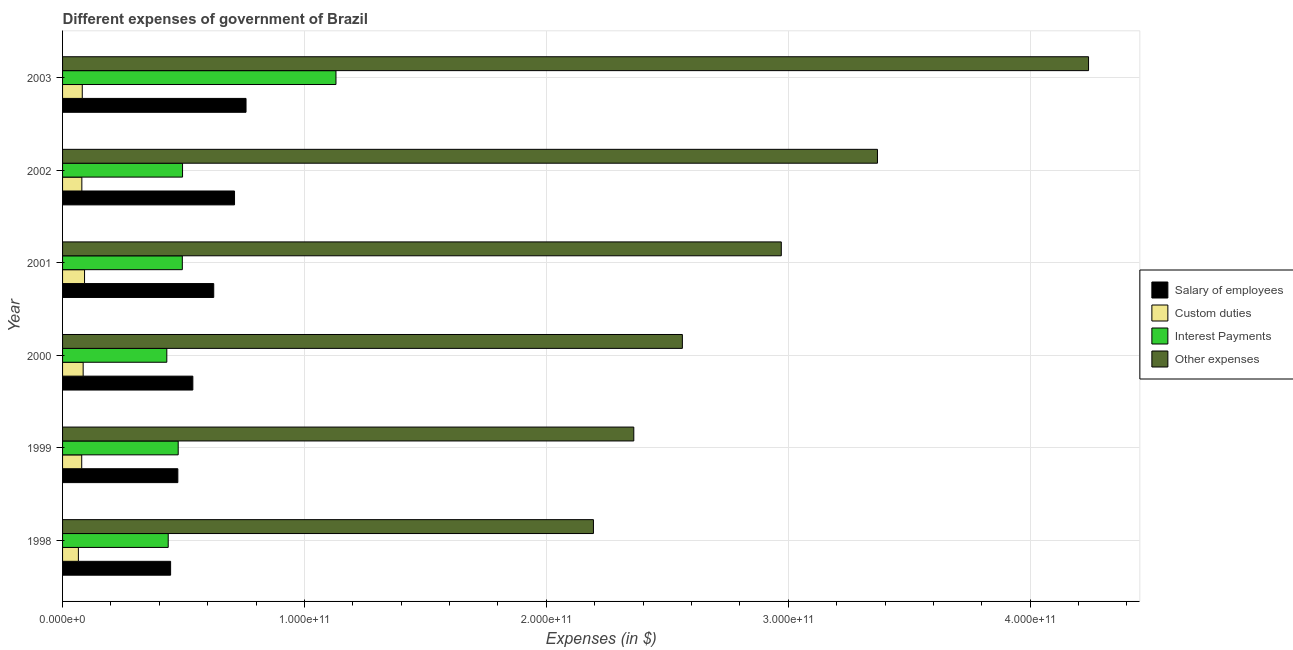
| Year | Salary of employees | Custom duties | Interest Payments | Other expenses |
 | --- | --- | --- | --- | --- |
 | 1998 | 4.47e+10 | 6.54e+09 | 4.37e+10 | 2.19e+11 |
 | 1999 | 4.77e+10 | 7.92e+09 | 4.78e+10 | 2.36e+11 |
 | 2000 | 5.39e+10 | 8.51e+09 | 4.31e+10 | 2.56e+11 |
 | 2001 | 6.25e+10 | 9.09e+09 | 4.95e+10 | 2.97e+11 |
 | 2002 | 7.11e+10 | 7.97e+09 | 4.96e+10 | 3.37e+11 |
 | 2003 | 7.58e+10 | 8.14e+09 | 1.13e+11 | 4.24e+11 |